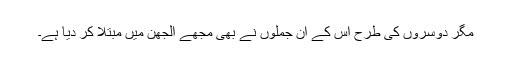
مگر دوسروں کی طرح اس کے ان جملوں نے بھی مجھے الجھن میں مبتلا کر دیا ہے۔